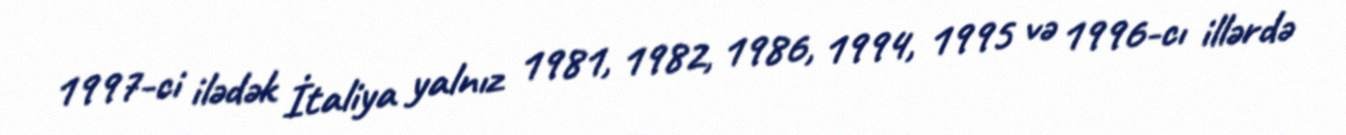
1997-ci ilədək İtaliya yalnız 1981, 1982, 1986, 1994, 1995 və 1996-cı illərdə